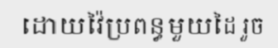
ដោយវ៉ៃប្រពន្ធមួយដៃ រួច